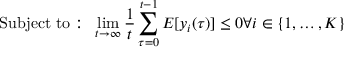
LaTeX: { \mathrm { S u b j e c t ~ t o : ~ } } \operatorname* { l i m } _ { t \rightarrow \infty } { \frac { 1 } { t } } \sum _ { \tau = 0 } ^ { t - 1 } E [ y _ { i } ( \tau ) ] \leq 0 { \mathrm { } } \forall i \in \{ 1 , \ldots , K \}